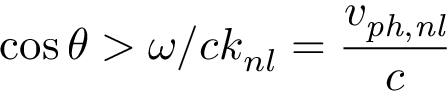
\cos \theta > \omega / c k _ { n l } = \frac { v _ { \mathit { p h , n l } } } { c }